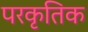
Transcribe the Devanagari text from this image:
परकृतिक